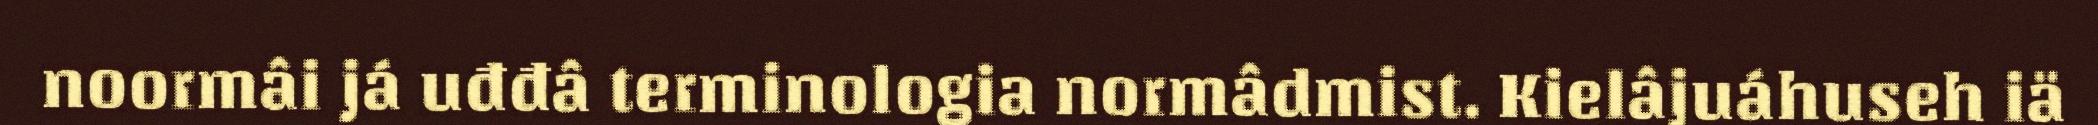
noormâi já uđđâ terminologia normâdmist. Kielâjuáhuseh iä